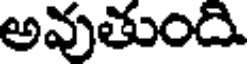
అవుతుంది